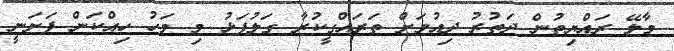
މާލޭ ރައްޔިތުން ދަތުރު ދިއުމަށް ތަރައްގީކުރާ ގަލުފަޅު މި މަހު ހިއްކަން ފަށަނީ